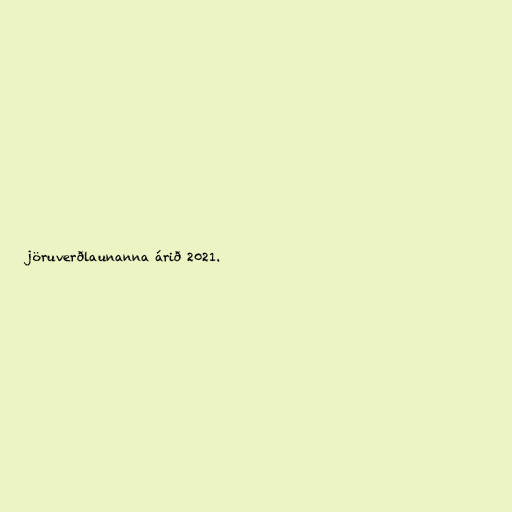
jöruverðlaunanna árið 2021.